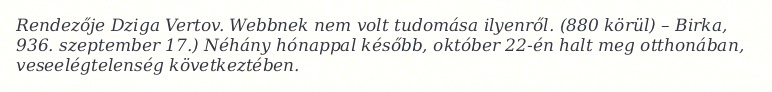
Rendezője Dziga Vertov. Webbnek nem volt tudomása ilyenről. (880 körül) – Birka, 936. szeptember 17.) Néhány hónappal később, október 22-én halt meg otthonában, veseelégtelenség következtében.